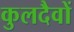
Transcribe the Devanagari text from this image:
कुलदैवों